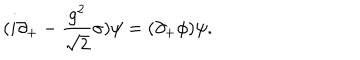
{ ( i \partial _ { + } - { \frac { g ^ { 2 } } { \sqrt { 2 } } } \sigma ) \psi = ( \partial _ { + } \phi ) \psi . }